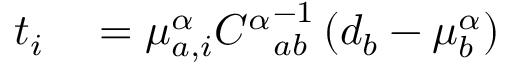
\begin{array} { r l } { t _ { i } } & { { } = \mu _ { a , i } ^ { \alpha } { C ^ { \alpha } } _ { a b } ^ { - 1 } \left( { d _ { b } - \mu _ { b } ^ { \alpha } } \right) } \end{array}